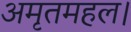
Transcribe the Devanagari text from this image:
अमृतमहल।